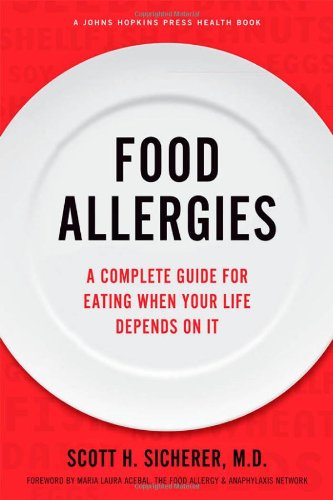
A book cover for Food Allergies: A Complete Guide for Eating When Your Life Depends on It (A Johns Hopkins Press Health Book); Scott H. Sicherer; Health, Fitness & Dieting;